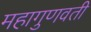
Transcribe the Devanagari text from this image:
महागुणवती